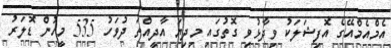
އެމްއެމްއޭގެ އޮފިޝަލަކު ވިދާޅުވި ގޮތުގައި މިދިޔަ އާދީއްތަ ދުވަހު 535 މީހުން ޑޮލަރު